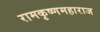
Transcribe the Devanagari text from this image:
रामकृष्णमहाराज